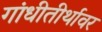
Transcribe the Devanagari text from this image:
गांधीतीर्थावर